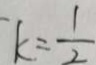
k = \frac { 1 } { 2 }